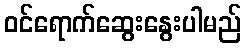
ဝင်ရောက်ဆွေးနွေးပါမည်